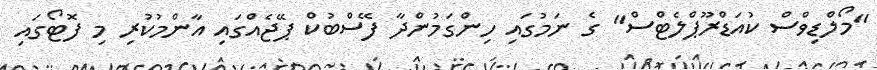
"މޯލްޑިވްސް ކުއަޑްރޫޕްލެޓްސް" ގެ ނަމުގައި ހިންގަމުންދާ ފޭސްބުކް ޕޭޖެއްގައި އާންމުކުރި މި ފޮޓޯގައި